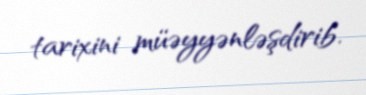
tarixini müəyyənləşdirib.